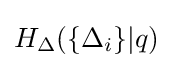
H_{\Delta }(\{\Delta _{i}\}|q)